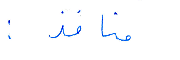
منافذ: